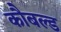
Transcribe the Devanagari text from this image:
कौबल्ड